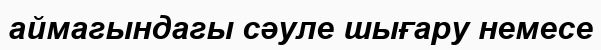
аймагындагы сәуле шығару немесе